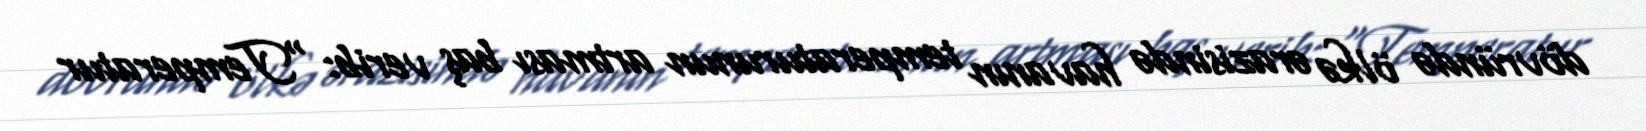
dövründə ölkə ərazisində havanın temperaturunun artması baş verib: "Temperatur